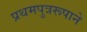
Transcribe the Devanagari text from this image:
प्रथमपुत्ररूपाने